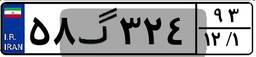
۹۰گ۹۵۰۰۳